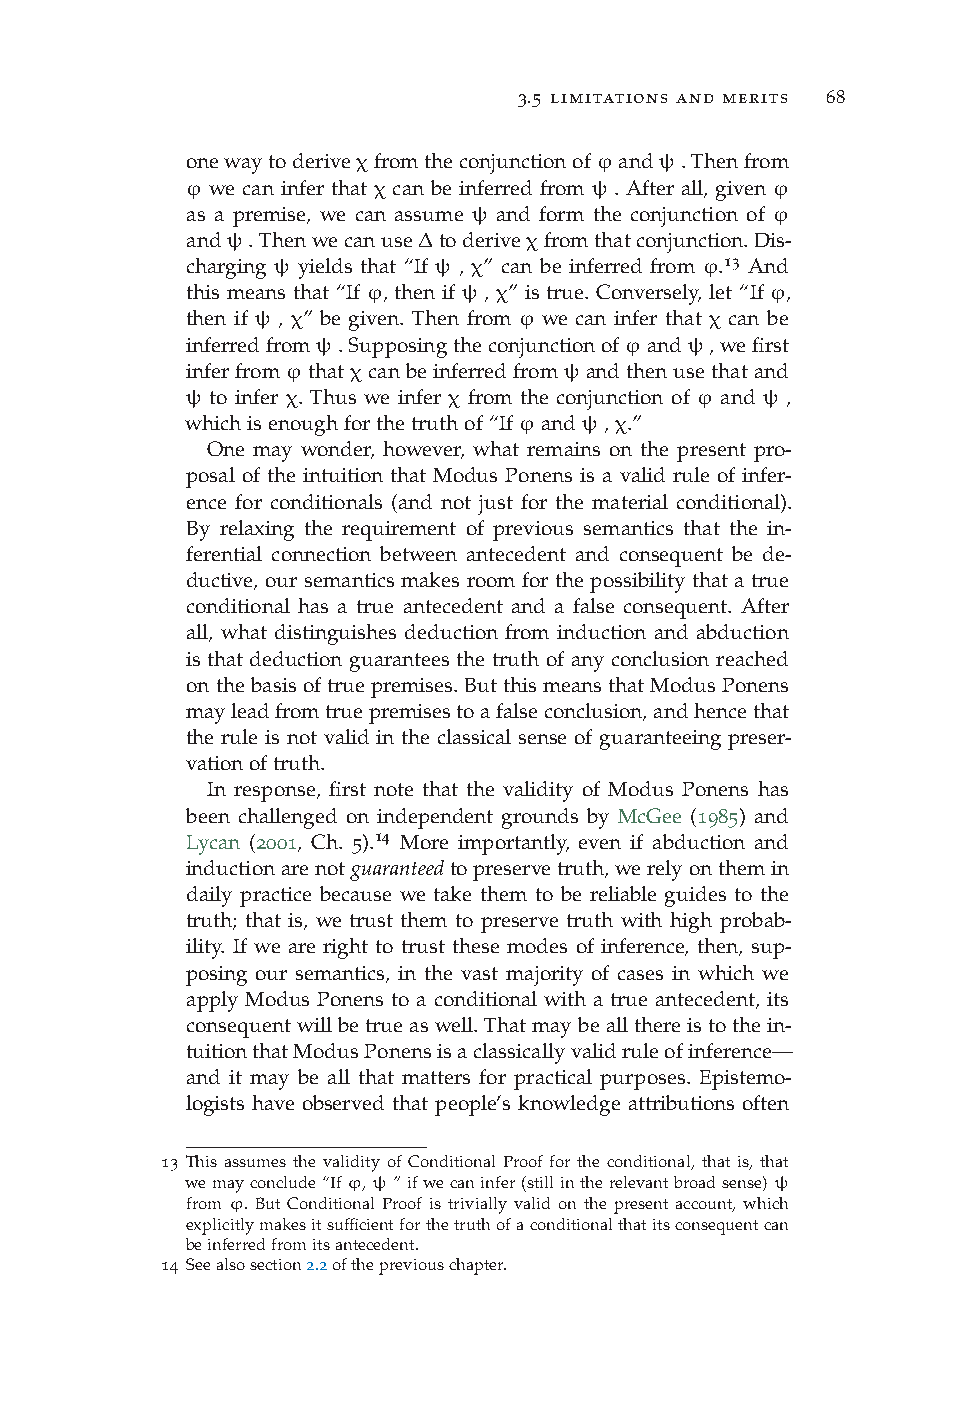
3.5 limitations and merits 68
 onewaytoderiveχfromtheconjunctionofϕandψ.Thenfrom
 ϕ we can infer that χ can be inferred from ψ . After all, given ϕ
 as a premise, we can assume ψ and form the conjunction of ϕ
 andψ.Thenwecanuse∆toderiveχfromthatconjunction.Dis-
 13
 charging ψ yields that “If ψ , χ” can be inferred from ϕ. And
 this means that “If ϕ, then if ψ , χ” is true. Conversely, let “If ϕ,
 then if ψ , χ” be given. Then from ϕ we can infer that χ can be
 inferredfromψ.Supposingtheconjunctionofϕandψ,wefirst
 inferfromϕthatχcanbeinferredfromψandthenusethatand
 ψ to infer χ. Thus we infer χ from the conjunction of ϕ and ψ ,
 whichisenoughforthetruthof“Ifϕandψ,χ.”
 One may wonder, however, what remains on the present pro-
 posal of the intuition that Modus Ponens is a valid rule of infer-
 ence for conditionals (and not just for the material conditional).
 By relaxing the requirement of previous semantics that the in-
 ferential connection between antecedent and consequent be de-
 ductive, our semantics makes room for the possibility that a true
 conditional has a true antecedent and a false consequent. After
 all, what distinguishes deduction from induction and abduction
 is that deduction guarantees the truth of any conclusion reached
 onthebasisoftruepremises.ButthismeansthatModusPonens
 mayleadfromtruepremisestoafalseconclusion,andhencethat
 the rule is not valid in the classical sense of guaranteeing preser-
 vationoftruth.
 In response, first note that the validity of Modus Ponens has
 been challenged on independent grounds by McGee (1985) and
 Lycan (2001, Ch. 5).14 More importantly, even if abduction and
 inductionarenotguaranteedtopreservetruth,werelyonthemin
 daily practice because we take them to be reliable guides to the
 truth; that is, we trust them to preserve truth with high probab-
 ility. If we are right to trust these modes of inference, then, sup-
 posing our semantics, in the vast majority of cases in which we
 apply Modus Ponens to a conditional with a true antecedent, its
 consequentwillbetrueaswell.Thatmaybeallthereistothein-
 tuitionthatModusPonensisaclassicallyvalidruleofinference—
 and it may be all that matters for practical purposes. Epistemo-
 logists have observed that people’s knowledge attributions often
 13 This assumes the validity of Conditional Proof for the conditional, that is, that
 wemayconclude“Ifϕ,ψ”ifwecaninfer(stillintherelevantbroadsense)ψ
 from ϕ. But Conditional Proof is trivially valid on the present account, which
 explicitlymakesitsufficientforthetruthofaconditionalthatitsconsequentcan
 beinferredfromitsantecedent.
 14 Seealsosection2.2ofthepreviouschapter.